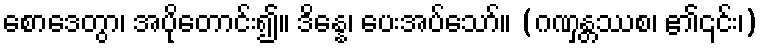
စောဒေတွာ၊ အပိုတောင်း၍။ ဒိန္နေ၊ ပေးအပ်သော်။ (ဂဏှန္တဿစ၊ ၏၎င်း၊)